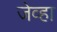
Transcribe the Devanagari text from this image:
जेव्‍हा